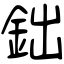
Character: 鈯